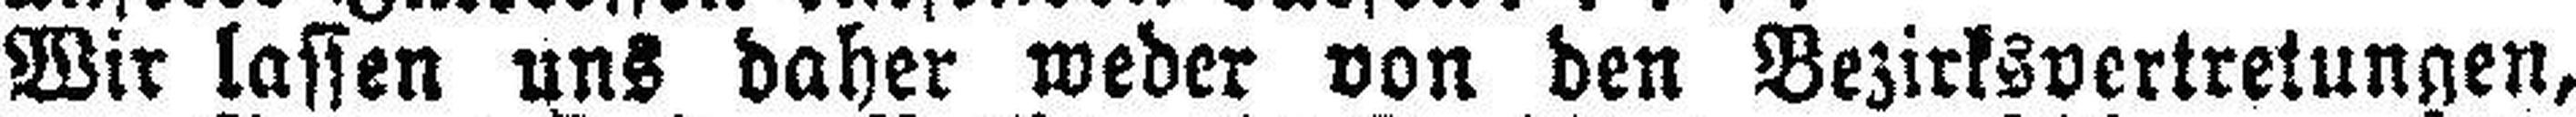
Wir lassen uns daher weder von den Bezirksvertretungen,